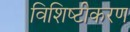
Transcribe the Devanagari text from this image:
विशिष्‍टीकरण